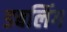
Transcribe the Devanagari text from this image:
डबलिंग